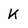
Character: K